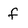
Character: f